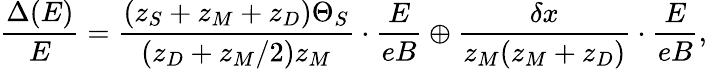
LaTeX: \frac{\Delta(E)}{E}=\frac{(z_{S}+z_{M}+z_{D})\Theta_{S}}{(z_{D}+z_{M}/2)z_{M}}\cdot\frac{E}{eB}\oplus\frac{\delta x}{z_{M}(z_{M}+z_{D})}\cdot\frac{E}{eB},